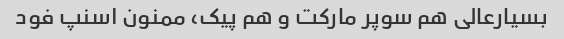
بسیارعالی هم سوپر مارکت و هم پیک، ممنون اسنپ فود